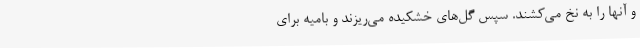
و آنها را به نخ می‌کشند. سپس گل‌های خشکیده می‌ریزند و بامیه برای